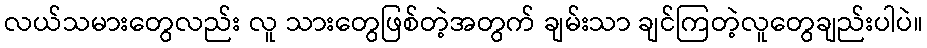
လယ်သမားတွေလည်း လူ သားတွေဖြစ်တဲ့အတွက် ချမ်းသာ ချင်ကြတဲ့လူတွေချည်းပါပဲ။